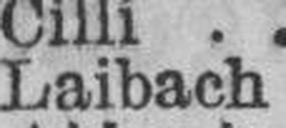
Laibach